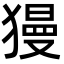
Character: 獌